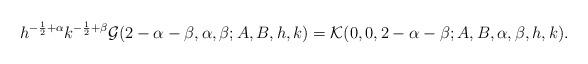
LaTeX: \begin{align*}h^{-\frac{1}{2}+\alpha} k^{-\frac{1}{2}+\beta} \mathcal{G}(2-\alpha-\beta,\alpha,\beta;A,B,h,k) = \mathcal{K}(0,0,2-\alpha-\beta;A,B,\alpha,\beta,h,k).\end{align*}